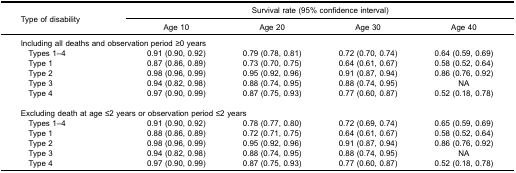
<table><thead><tr><td rowspan="3"><b>Type of disability</b></td><td colspan="4"><b>Survival rate (95% confidence interval)</b></td></tr><tr><td><b>Age 10</b></td><td><b>Age 20</b></td><td><b>Age 30</b></td><td><b>Age 40</b></td></tr></thead><tbody><tr><td colspan="5">Including all deaths and observation period ≥0 years</td></tr><tr><td> Types 1–4</td><td>0.91 (0.90, 0.92)</td><td>0.79 (0.78, 0.81)</td><td>0.72 (0.70, 0.74)</td><td>0.64 (0.59, 0.69)</td></tr><tr><td> Type 1</td><td>0.87 (0.86, 0.89)</td><td>0.73 (0.70, 0.75)</td><td>0.64 (0.61, 0.67)</td><td>0.58 (0.52, 0.64)</td></tr><tr><td> Type 2</td><td>0.98 (0.96, 0.99)</td><td>0.95 (0.92, 0.96)</td><td>0.91 (0.87, 0.94)</td><td>0.86 (0.76, 0.92)</td></tr><tr><td> Type 3</td><td>0.94 (0.82, 0.98)</td><td>0.88 (0.74, 0.95)</td><td>0.88 (0.74, 0.95)</td><td>NA</td></tr><tr><td> Type 4</td><td>0.97 (0.90, 0.99)</td><td>0.87 (0.75, 0.93)</td><td>0.77 (0.60, 0.87)</td><td>0.52 (0.18, 0.78)</td></tr><tr><td colspan="5"> </td></tr><tr><td colspan="5">Excluding death at age ≤2 years or observation period ≤2 years</td></tr><tr><td> Types 1–4</td><td>0.91 (0.90, 0.92)</td><td>0.78 (0.77, 0.80)</td><td>0.72 (0.69, 0.74)</td><td>0.65 (0.59, 0.69)</td></tr><tr><td> Type 1</td><td>0.88 (0.86, 0.89)</td><td>0.72 (0.71, 0.75)</td><td>0.64 (0.61, 0.67)</td><td>0.58 (0.52, 0.64)</td></tr><tr><td> Type 2</td><td>0.98 (0.96, 0.99)</td><td>0.95 (0.92, 0.96)</td><td>0.91 (0.87, 0.94)</td><td>0.86 (0.76, 0.92)</td></tr><tr><td> Type 3</td><td>0.94 (0.82, 0.98)</td><td>0.88 (0.74, 0.95)</td><td>0.88 (0.74, 0.95)</td><td>NA</td></tr><tr><td> Type 4</td><td>0.97 (0.90, 0.99)</td><td>0.87 (0.75, 0.93)</td><td>0.77 (0.60, 0.87)</td><td>0.52 (0.18, 0.78)</td></tr></tbody></table>